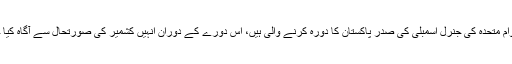
سماجی رابطے کی سائیٹ پر بی این ایم کے رکن قاضی داد ریحان نے لکھا ہے کہ ٹائمنگ دیکھیں اقوام متحدہ کی جنرل اسمبلی کی صدر پاکستان کا دورہ کرنے والی ہیں، اس دورے کے دوران انہیں کشمیر کی صورتحال سے آگاہ کیا جائے گا اور بلوچستان میں طویل عرصے سے جاری لاپتہ افراد کا احتجاجی کیمپ ہی ختم کردیا گیا ۔